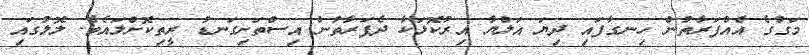
މަގުގެ އެއްފަރާތުން ހިނގާފައި ދިޔަ އަލްޔާ އިރުކޮޅަކާ ދެފަރާތުން އިސްތަށިގަނޑު ރީތިކޮށްލައެވެ. ލޮލުގައި